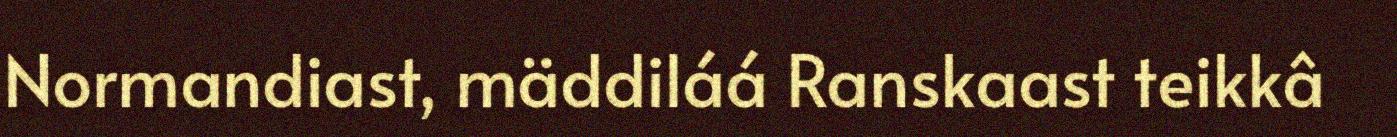
Normandiast, mäddiláá Ranskaast teikkâ